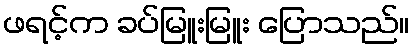
ဖရင့်က ခပ်မြူးမြူး ပြောသည်။